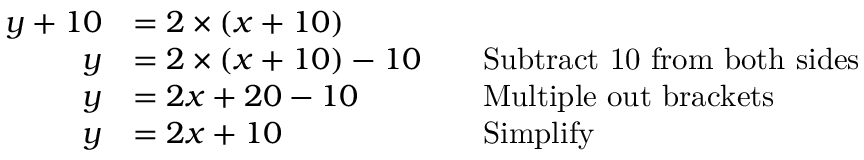
{ \begin{array} { r l r l } { y + 1 0 } & { = 2 \times ( x + 1 0 ) } \\ { y } & { = 2 \times ( x + 1 0 ) - 1 0 } & & { { \mathrm { S u b t r a c t ~ 1 0 ~ f r o m ~ b o t h ~ s i d e s } } } \\ { y } & { = 2 x + 2 0 - 1 0 } & & { { \mathrm { M u l t i p l e ~ o u t ~ b r a c k e t s } } } \\ { y } & { = 2 x + 1 0 } & & { { \mathrm { S i m p l i f y } } } \end{array} }